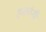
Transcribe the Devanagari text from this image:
हकांनी